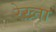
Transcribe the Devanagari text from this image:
रेख़्ता